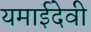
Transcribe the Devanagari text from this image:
यमाईदेवी